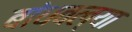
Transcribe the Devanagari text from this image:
बांधवल्या